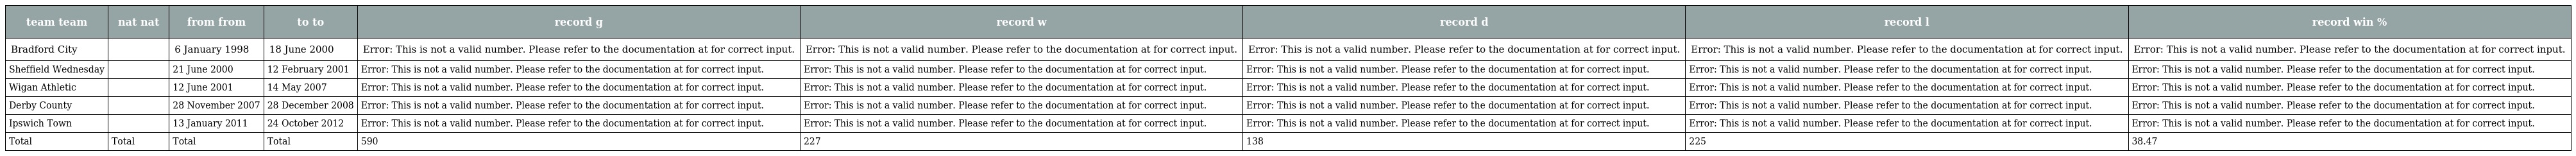
| team team | nat nat | from from | to to | record g | record w | record d | record l | record win % |
 | --- | --- | --- | --- | --- | --- | --- | --- | --- |
 | Bradford City |  | 6 January 1998 | 18 June 2000 | Error: This is not a valid number. Please refer to the documentation at for correct input. | Error: This is not a valid number. Please refer to the documentation at for correct input. | Error: This is not a valid number. Please refer to the documentation at for correct input. | Error: This is not a valid number. Please refer to the documentation at for correct input. | Error: This is not a valid number. Please refer to the documentation at for correct input. |
 | Sheffield Wednesday |  | 21 June 2000 | 12 February 2001 | Error: This is not a valid number. Please refer to the documentation at for correct input. | Error: This is not a valid number. Please refer to the documentation at for correct input. | Error: This is not a valid number. Please refer to the documentation at for correct input. | Error: This is not a valid number. Please refer to the documentation at for correct input. | Error: This is not a valid number. Please refer to the documentation at for correct input. |
 | Wigan Athletic |  | 12 June 2001 | 14 May 2007 | Error: This is not a valid number. Please refer to the documentation at for correct input. | Error: This is not a valid number. Please refer to the documentation at for correct input. | Error: This is not a valid number. Please refer to the documentation at for correct input. | Error: This is not a valid number. Please refer to the documentation at for correct input. | Error: This is not a valid number. Please refer to the documentation at for correct input. |
 | Derby County |  | 28 November 2007 | 28 December 2008 | Error: This is not a valid number. Please refer to the documentation at for correct input. | Error: This is not a valid number. Please refer to the documentation at for correct input. | Error: This is not a valid number. Please refer to the documentation at for correct input. | Error: This is not a valid number. Please refer to the documentation at for correct input. | Error: This is not a valid number. Please refer to the documentation at for correct input. |
 | Ipswich Town |  | 13 January 2011 | 24 October 2012 | Error: This is not a valid number. Please refer to the documentation at for correct input. | Error: This is not a valid number. Please refer to the documentation at for correct input. | Error: This is not a valid number. Please refer to the documentation at for correct input. | Error: This is not a valid number. Please refer to the documentation at for correct input. | Error: This is not a valid number. Please refer to the documentation at for correct input. |
 | Total | Total | Total | Total | 590 | 227 | 138 | 225 | 38.47 |